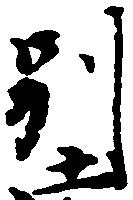
別